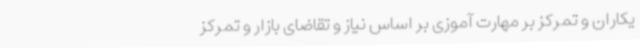
یکاران و تمرکز بر مهارت آموزی بر اساس نیاز و تقاضای بازار و تمرکز